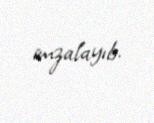
imzalayıb.